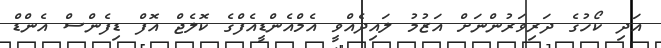
އަދި ކޯހުގެ ދަރިވަރުންނަށް އަޒުމު ލައިދެއްވީ އެމްއެންޑީއެފްގެ ކޮލެޖް އޮފް ޑިފެންސް އެންޑް